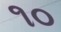
૧૦